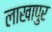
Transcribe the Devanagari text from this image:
लाखापुर